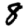
Digit: 8